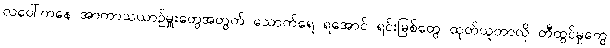
လပေါ်ကနေ အာကာသယာဉ်မှူးတွေအတွက် သောက်ရေ ရအောင် ရင်းမြစ်တွေ ထုတ်ယူတာလို တီထွင်မှုတွေ